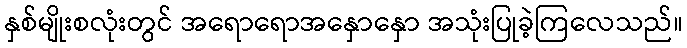
နှစ်မျိုးစလုံးတွင် အရောရောအနှောနှော အသုံးပြုခဲ့ကြလေသည်။